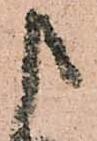
申